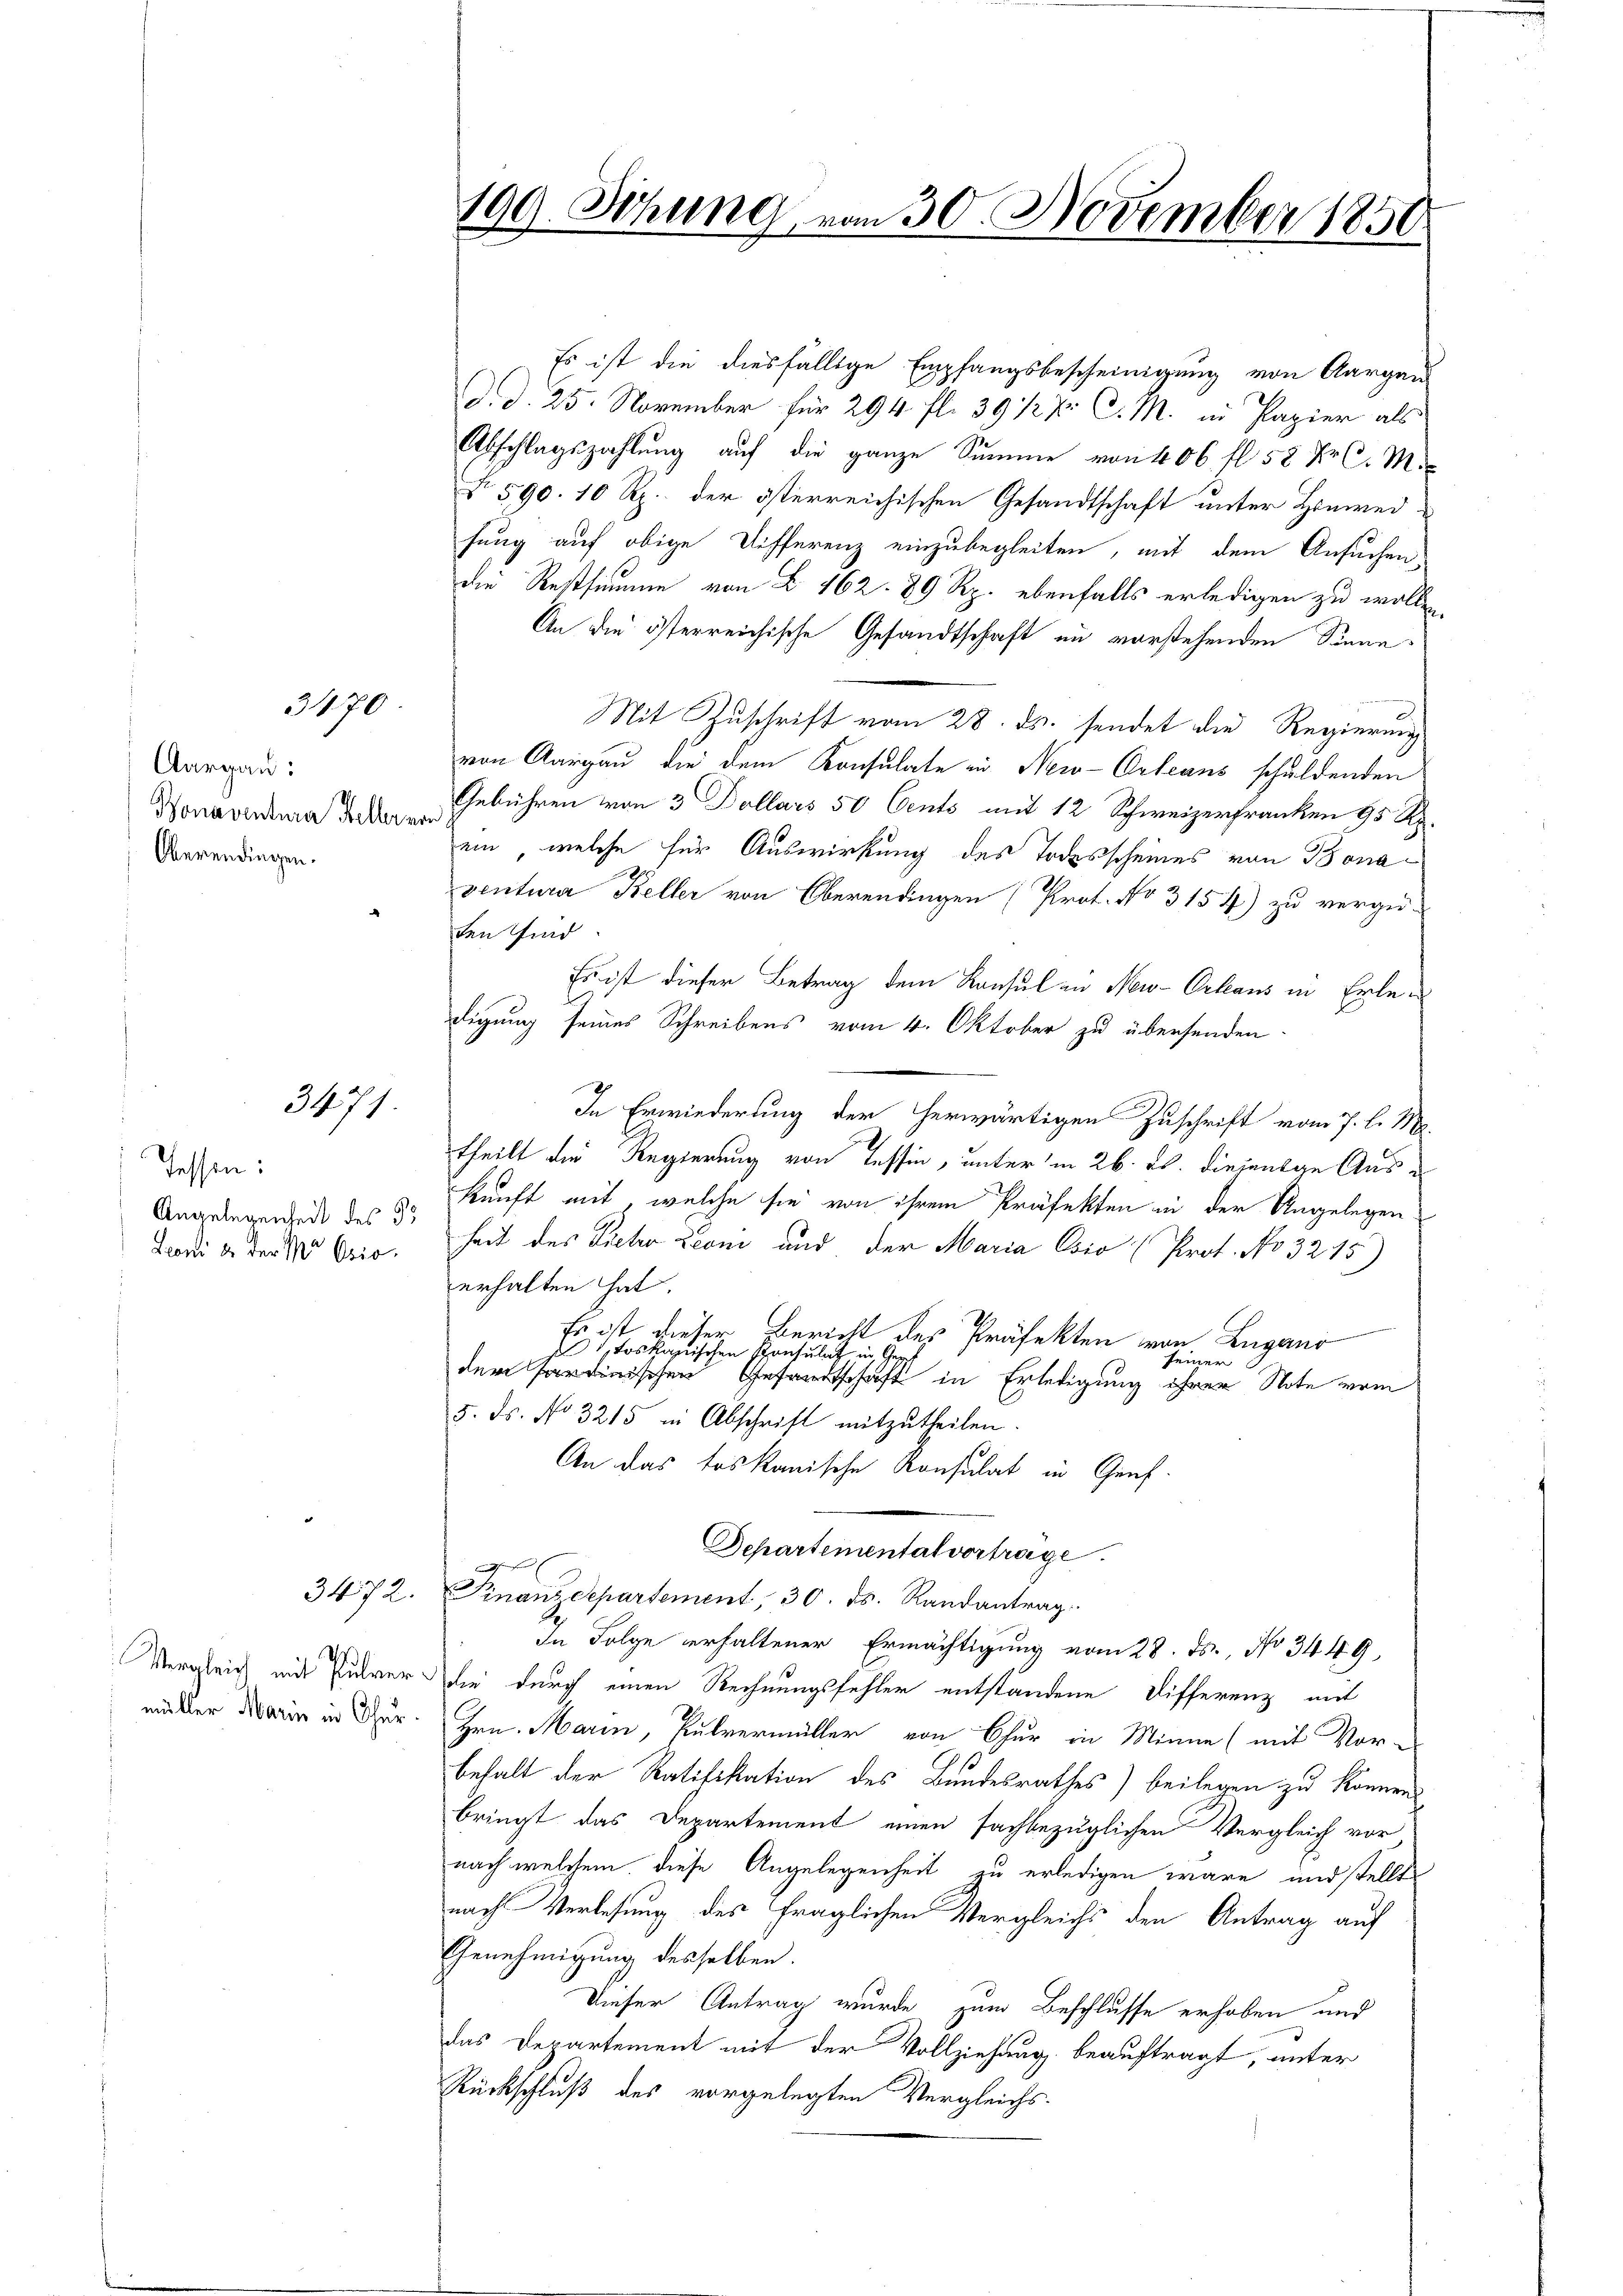
3470

Aargau:
Bonaventura Heller vor
Oberendingen.

3471

essen:
Angelegenheit des B
Leoni & der No Osio.

müller Marie in Chur.

3472.

199. Sitzung vom 30. November 1850

Es ist die diesfällige Empfangsbescheinigung von Aargau
d. d. 25. November für 294 fl. 39 ½ 7 C. M. in Papier als
Abschlagszahlung auf die ganze Summe von 406 fl 58 Xr C. M.
No 590. 10 Rp. der österreichischen Gesandtschaft unter Hinweifung auf obige Differenz einzubegleiten, mit dem Ansuchen,
die Restsimum von § 162. 89 Rp. ebenfalls erledigen zu wollen.
An die österreichische Gesandtschaft in vorstehenden Sinne¬
Mit Zuschrift vom 28. ds. sendet die Regierung
von Aargau die dem Konsulate in New-Orleans schuldenden
Gebühren von 3 Dollars 50 Cents mit 12 Schweizerfranken 95 Rp.
ein, welche für Auswirkung des Todesscheines von Bonaventurer Keller von Oberendingen (Prot. No 3154) zu verge-
ten sind
Es ist dieser Betrag dem Konsul in New-Orleaus in Erlef
digung seines Schreibens vom 4. Oktober zu übersenden.
In Erwiederung der herwärtigen Zuschrift vom 7. l. M.
theilt der Regierung von Tessin, unter in 26. ds. diejenige Auskunft mit, welche sie von ihrem Präfekten in der Angelegen
heit des Pieter Leoni und der Maria Ojo (Prot. No 3215)
erhalten hat.
Es ist dieser Bericht des Präfekten von Lugano
 toskauischen Konsulat in G
seiner
dernischen Gesandtschaft in Erledigung ihrer Note vom
5. ds. No 3215 in Abschrift mitzŭtheilen.
An das toskanische Konsulat in Genf.
Departemental vortrage.
ansehen
Finanzdepartement, 30. ds. Randantrag
In Folge erhaltener Ermächtigung vom 28. Js., No 3449,
Vergleich mit Pulver die durch einen Rechnungsfehler entstandene Differenz mit
Hrn. Marin, Pulvermüller von Chur in Minne (mit Vor-
behalt der Ratifikation des Bundesrathes) beilegen zu können.
bringt das Departement einen sachbezüglichen Vergleich vor
nach welchem diese Angelegenheit zu erledigen wäre, und stellt
nach Verlesung des fraglichen Vergleichs den Antrag auf
Genehmigung desselben.
Dieser Antrag wurde zum Beschlusse erhoben und
das Departement mit der Vollziehung beauftragt, unter
Rückschluß des vorgelegten Vergleichs-